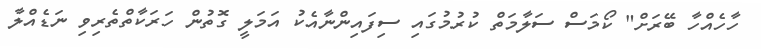
ހާހެއްހާ ބޭރަށް" ކޯމަސް ސަލާމަތް ކުރުމުގައި ސިފައިންނާއެކު އަމަލީ ގޮތުން ހަރަކާތްތެރިވި ނަޑެއްލާ